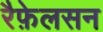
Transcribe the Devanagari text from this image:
रैफ़ेलसन